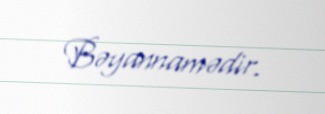
Bəyannamədir.